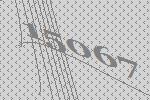
15067